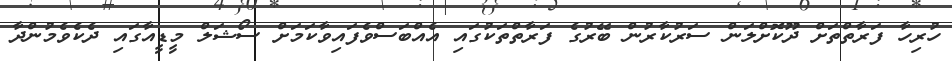
ހުރިހާ ފަރާތްތަށް ދޫކޮށްލަން ސަރުކާރުން ބޭރުގެ ފަރާތްތަކުގައި އެއްބަސްވެފައިވާކަމަށް ސޯޝަލް މީޑީއާގައި ދެކެވެމުންދާ